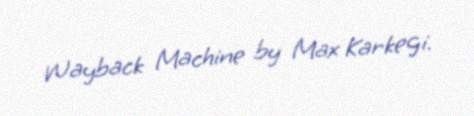
Wayback Machine by Max Karkegi.